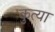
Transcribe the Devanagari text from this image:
कुत्या